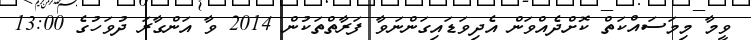
ވީމާ މިމަސައްކަތް ކޮށްދެއްވަން އެދިވަޑައިގަންނަވާ ފަރާތްތަކުން 2014 ވާ އަންގާރަ ދުވަހުގެ 13:00